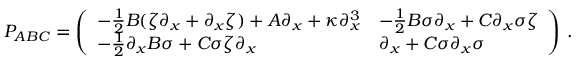
P _ { A B C } = \left( \begin{array} { l l } { - \frac 1 2 B ( \zeta \partial _ { x } + \partial _ { x } \zeta ) + A \partial _ { x } + \kappa \partial _ { x } ^ { 3 } } & { - \frac 1 2 B \sigma \partial _ { x } + C \partial _ { x } \sigma \zeta } \\ { - \frac 1 2 \partial _ { x } B \sigma + C \sigma \zeta \partial _ { x } } & { \partial _ { x } + C \sigma \partial _ { x } \sigma } \end{array} \right) \, .